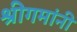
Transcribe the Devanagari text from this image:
श्रीगमांनी